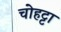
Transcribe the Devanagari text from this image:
चोहट्टा